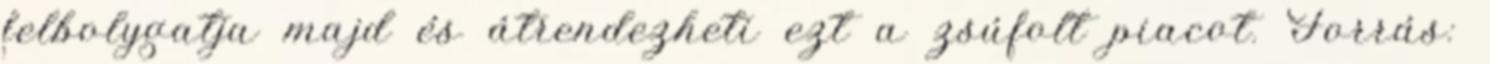
felbolygatja majd és átrendezheti ezt a zsúfolt piacot. Forrás: